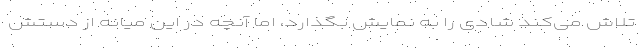
تلاش می‌کند شادی را به نمایش بگذارد، اما آنچه در این میانه از دستش